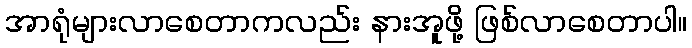
အာရုံများလာစေတာကလည်း နားအူဖို့ ဖြစ်လာစေတာပါ။